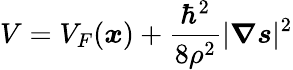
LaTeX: V=V_{F}(\boldsymbol{x})+\frac{\hbar^{2}}{8\rho^{2}}|\boldsymbol{\nabla}\boldsymbol{s}|^{2}